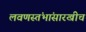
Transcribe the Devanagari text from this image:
लवणस्तंभांसारखीच